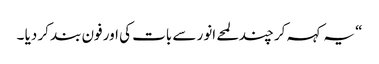
“ یہ کہہ کر چند لمحے انور سے بات کی اور فون بند کر دیا ۔